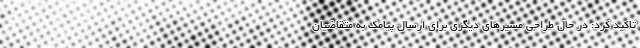
تاکید کرد: در حال طراحی مسیرهای دیگری برای ارسال پیامک به متقاضیان